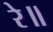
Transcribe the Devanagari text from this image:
रे॥